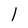
Character: 1